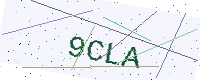
Text: 9CLA